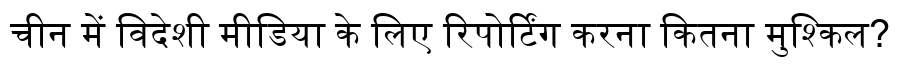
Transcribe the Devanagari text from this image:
चीन में विदेशी मीडिया के लिए रिपोर्टिंग करना कितना मुश्किल?